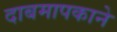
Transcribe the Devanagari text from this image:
दाबमापकाने